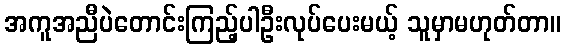
အကူအညီပဲတောင်းကြည့်ပါဦးလုပ်ပေးမယ့် သူမှာမဟုတ်တာ။